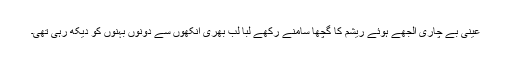
عینی بے چاری الجھے ہوئے ریشم کا گچھا سامنے رکھے لبا لب بھری آنکھوں سے دونوں بہنوں کو دیکھ رہی تھی۔